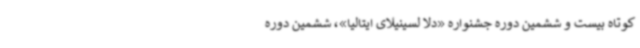
کوتاه بیست و ششمین دوره جشنواره «دلا لسینیلای ایتالیا»، ششمین دوره